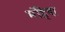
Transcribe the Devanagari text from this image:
मंहिदा